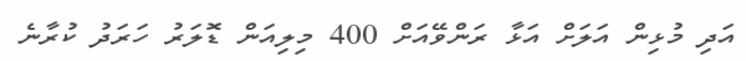
އަދި މުޅިން އަލަށް އަޅާ ރަންވޭއަށް 400 މިލިއަން ޑޮލަރު ހަރަދު ކުރާނެ